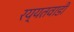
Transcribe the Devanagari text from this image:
रय्यतवाडी